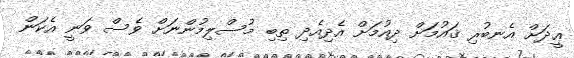
ޢީދަށް އެނބުރި ޤައުމަށް ދިއުމަށް އެދިއެދި ތިބި މުސްލިމުންނަށް ވެސް ވަނީ އެކަން